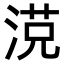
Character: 𣸿